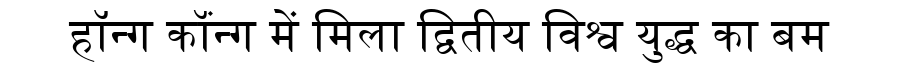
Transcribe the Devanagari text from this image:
हॉन्ग कॉंन्ग में मिला द्वितीय विश्व युद्ध का बम